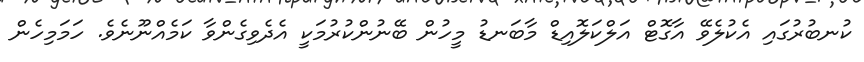
ކުނބުރުގައި އެކުލެވޭ އާގޮޓް އަލްކަލޮއިޑް މާބަނޑު މީހުން ބޭނުންކުރުމަކީ އެދެވިގެންވާ ކަމެއްނޫނެވެ. ހަމަމިހެން